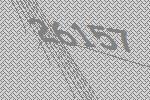
26157